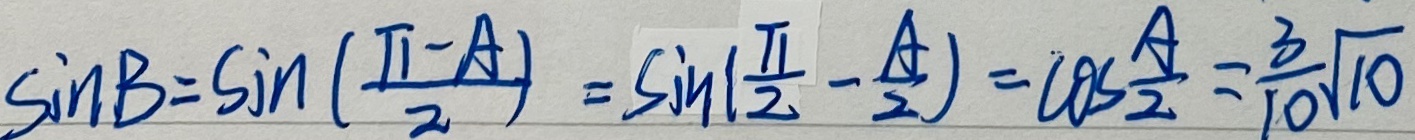
\sin B = \sin ( \frac { \pi - A } { 2 } ) = \sin ( \frac { \pi } { 2 } - \frac { A } { 2 } ) = \cos \frac { A } { 2 } = \frac { 3 } { 1 0 } \sqrt { 1 0 }